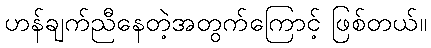
ဟန်ချက်ညီနေတဲ့အတွက်ကြောင့် ဖြစ်တယ်။